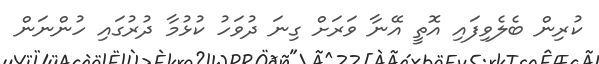
ކުރިން ބެލެވިފައި އޮތީ އޭނާ ވަރަށް ގިނަ ދުވަހު ކުޅުމާ ދުރުގައި ހުންނަން